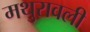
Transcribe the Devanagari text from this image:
मथुरावली